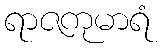
ရာဇကုမာရံ